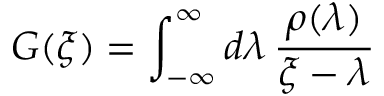
G ( \xi ) = \int _ { - \infty } ^ { \infty } d \lambda \, \frac { \rho ( \lambda ) } { \xi - \lambda }